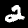
Digit: 2